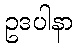
ဥဒပါနာ